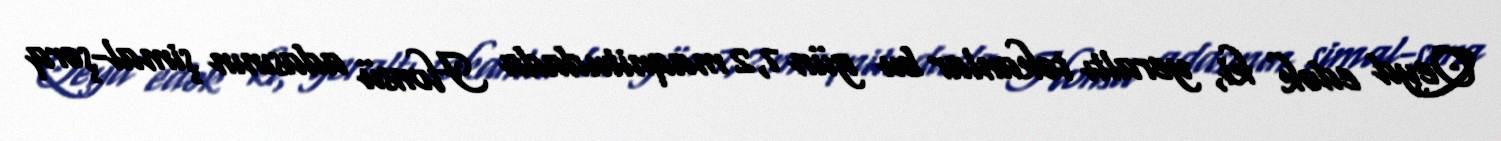
Qeyd edək ki, yeraltı təkanlar bu gün 7,2 maqnitudada Honsü adasının şimal-şərq